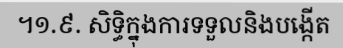
។១.៩. សិទ្ធិក្នុងការទទួលនិងបង្កើត